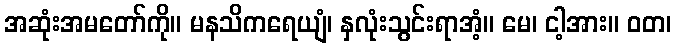
အဆုံးအမတော်ကို။ မနသိကရေယျံ၊ နှလုံးသွင်းရာအံ့။ မေ၊ ငါ့အား။ ဝတ၊